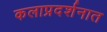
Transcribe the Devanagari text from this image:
कलाप्रदर्शनात